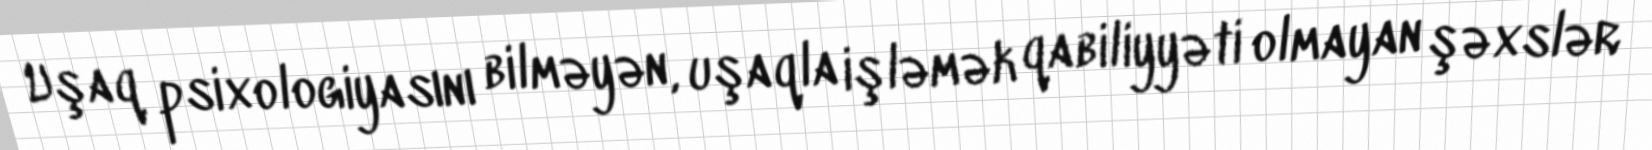
Uşaq psixologiyasını bilməyən, uşaqla işləmək qabiliyyəti olmayan şəxslər